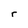
Character: r